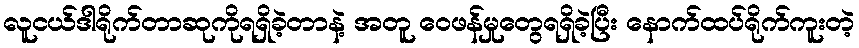
လူငယ်ဒါရိုက်တာဆုကိုရရှိခဲ့တာနဲ့ အတူ ဝေဖန်မှုတွေရရှိခဲ့ပြီး နောက်ထပ်ရိုက်ကူးတဲ့